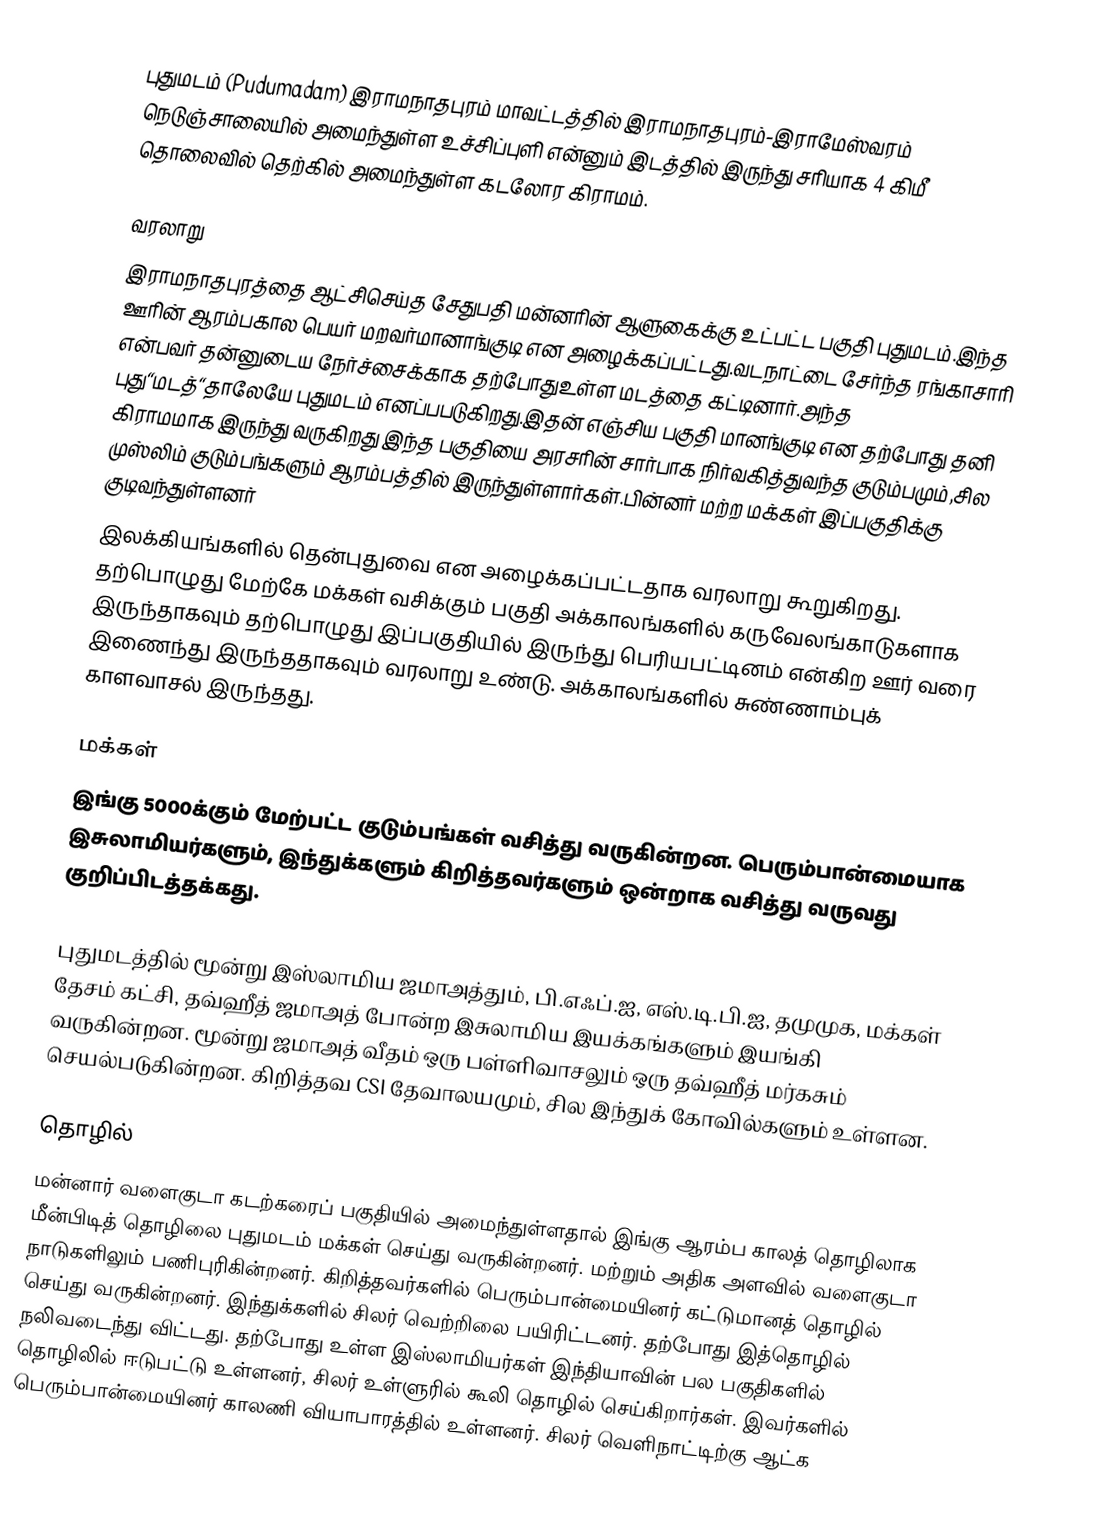
புதுமடம் (Pudumadam) இராமநாதபுரம் மாவட்டத்தில் இராமநாதபுரம்-இராமேஸ்வரம் நெடுஞ்சாலையில் அமைந்துள்ள உச்சிப்புளி என்னும் இடத்தில் இருந்து சரியாக 4 கிமீ தொலைவில் தெற்கில் அமைந்துள்ள கடலோர  கிராமம்.

வரலாறு
இராமநாதபுரத்தை ஆட்சிசெய்த சேதுபதி மன்னரின் ஆளுகைக்கு உட்பட்ட பகுதி புதுமடம்.இந்த ஊரின் ஆரம்பகால பெயர் மறவர்மானாங்குடி என அழைக்கப்பட்டது.வடநாட்டை சேர்ந்த ரங்காசாரி என்பவர் தன்னுடைய நேர்ச்சைக்காக தற்போதுஉள்ள மடத்தை கட்டினார்.அந்த புது“மடத்“தாலேயே புதுமடம் எனப்பபடுகிறது.இதன் எஞ்சிய பகுதி மானங்குடி என தற்போது தனி கிராமமாக இருந்து வருகிறது இந்த பகுதியை அரசரின் சார்பாக நிர்வகித்துவந்த குடும்பமும்,சில முஸ்லிம் குடும்பங்களும் ஆரம்பத்தில் இருந்துள்ளார்கள்.பின்னர் மற்ற மக்கள் இப்பகுதிக்கு குடிவந்துள்ளனர்
இலக்கியங்களில் தென்புதுவை என அழைக்கப்பட்டதாக வரலாறு கூறுகிறது. தற்பொழுது மேற்கே மக்கள் வசிக்கும் பகுதி அக்காலங்களில் கருவேலங்காடுகளாக இருந்தாகவும் தற்பொழுது இப்பகுதியில் இருந்து பெரியபட்டினம் என்கிற ஊர் வரை இணைந்து இருந்ததாகவும் வரலாறு உண்டு. அக்காலங்களில் சுண்ணாம்புக் காளவாசல் இருந்தது.

மக்கள்
இங்கு 5000க்கும் மேற்பட்ட குடும்பங்கள் வசித்து வருகின்றன. பெரும்பான்மையாக இசுலாமியர்களும், இந்துக்களும் கிறித்தவர்களும் ஒன்றாக வசித்து வருவது குறிப்பிடத்தக்கது.

புதுமடத்தில் மூன்று இஸ்லாமிய ஜமாஅத்தும், பி.எஃப்.ஐ, எஸ்.டி.பி.ஐ, தமுமுக, மக்கள் தேசம் கட்சி, தவ்ஹீத் ஜமாஅத்  போன்ற இசுலாமிய இயக்கங்களும் இயங்கி வருகின்றன. மூன்று ஜமாஅத் வீதம் ஒரு பள்ளிவாசலும் ஒரு தவ்ஹீத் மர்கசும்  செயல்படுகின்றன. கிறித்தவ CSI தேவாலயமும், சில இந்துக் கோவில்களும் உள்ளன.

தொழில்
மன்னார் வளைகுடா கடற்கரைப் பகுதியில் அமைந்துள்ளதால் இங்கு ஆரம்ப காலத் தொழிலாக மீன்பிடித் தொழிலை புதுமடம் மக்கள் செய்து வருகின்றனர். மற்றும் அதிக அளவில் வளைகுடா நாடுகளிலும் பணிபுரிகின்றனர். கிறித்தவர்களில் பெரும்பான்மையினர் கட்டுமானத் தொழில் செய்து வருகின்றனர். இந்துக்களில் சிலர் வெற்றிலை பயிரிட்டனர். தற்போது இத்தொழில் நலிவடைந்து விட்டது. தற்போது உள்ள இஸ்லாமியர்கள் இந்தியாவின் பல பகுதிகளில் தொழிலில் ஈடுபட்டு உள்ளனர், சிலர் உள்ளுரில் கூலி தொழில் செய்கிறார்கள். இவர்களில் பெரும்பான்மையினர் காலணி வியாபாரத்தில் உள்ளனர். சிலர் வெளிநாட்டிற்கு ஆட்க